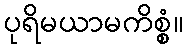
ပုရိမယာမကိစ္စံ။